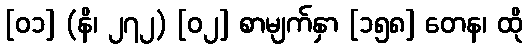
[၀၁] (နိ၊ ၂၇၂) [၀၂] စာမျက်နှာ [၁၅၈] တေန၊ ထို